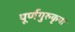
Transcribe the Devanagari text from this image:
पूर्णगुरुकृपा